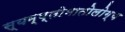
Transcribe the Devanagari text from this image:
स्यम्प्तोमातोलोग्य